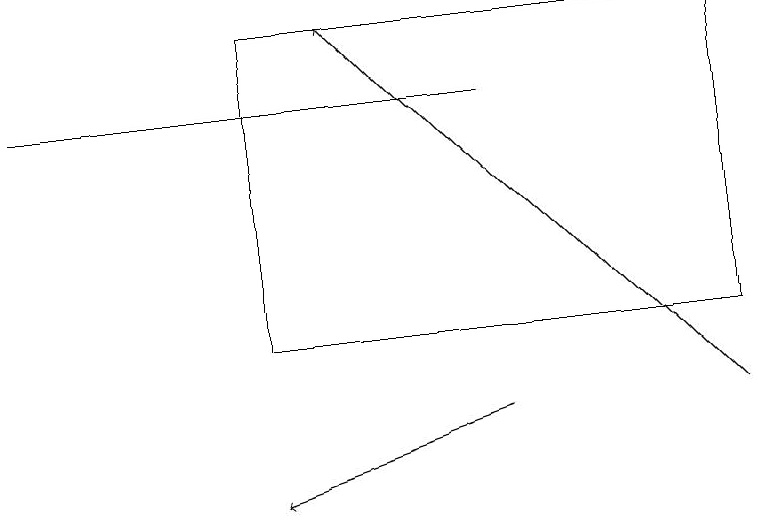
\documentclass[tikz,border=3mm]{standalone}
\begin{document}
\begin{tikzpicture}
\draw (6,15) rectangle (0,15);
\draw[->] (9,11) -- (4,16);
\draw (3,12) rectangle (9,16);
\draw[->] (6,11) -- (3,10);
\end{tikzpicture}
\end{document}